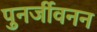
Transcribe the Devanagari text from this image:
पुनर्जीवनन